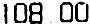
108.00